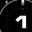
Digit: 1